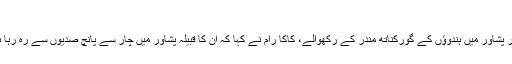
خوف کی حدود سے گریز
کے پی سول سیکریٹیریٹ کے ایک ریٹائرڈ اہلکار اور پشاور میں ہندوؤں کے گورکناتھ مندر کے رکھوالے، کاکا رام نے کہا کہ ان کا قبیلہ پشاور میں چار سے پانچ صدیوں سے رہ رہا ہے اور ان کا یہاں سے جانے کا کوئی ارادہ نہیں ہے۔